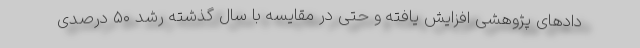
دادهای پژوهشی افزایش یافته و حتی در مقایسه با سال گذشته رشد ۵۰ درصدی